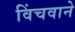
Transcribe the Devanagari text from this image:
विंचवाने